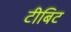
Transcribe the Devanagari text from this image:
टीबिट